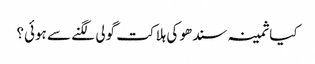
کیا ثمینہ سندھو کی ہلاکت گولی لگنے سے ہوئی؟